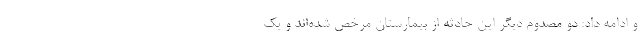
و ادامه داد: دو مصدوم دیگر این حادثه از بیمارستان مرخص شده‌اند و یک